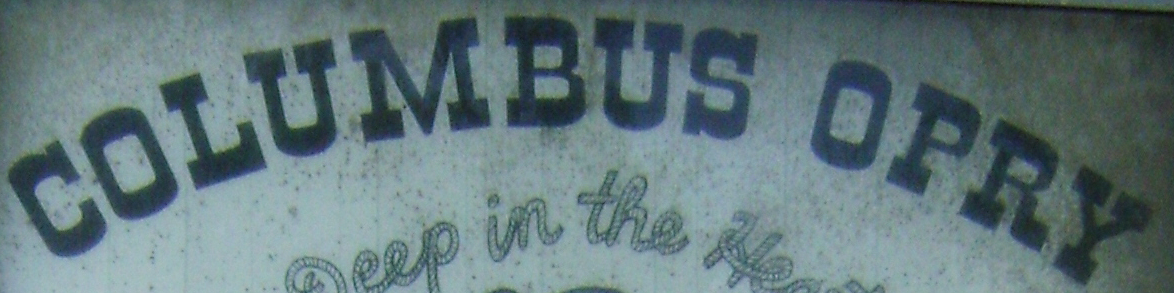
COLUMBUS OPRY